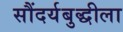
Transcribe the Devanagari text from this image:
सौंदर्यबुद्धीला